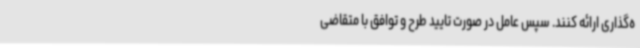
ه‌گذاری ارائه کنند. سپس عامل در صورت تایید طرح و توافق با متقاضی